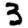
Digit: 3